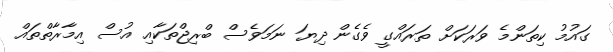
ގައުމު ކިތަންމެ ވަރަކަށް ތަރައްގީ ވެގެން ދިޔަ ނަމަވެސް ބްރިޖްތަކާއި އުސް އިމާރާތްތައް